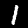
Digit: 1